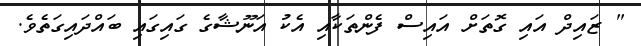
" ޒައިދް އައި ގޮތަށް އައިސް ފެންތަކާއި އެކު އަނޫޝާގެ ގައިގައި ބައްދައިގަތެވެ.